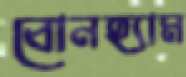
বোনহ্যাম